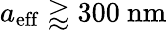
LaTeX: a_{\mathrm{eff}}\gtrapprox 300\ \mathrm{nm}